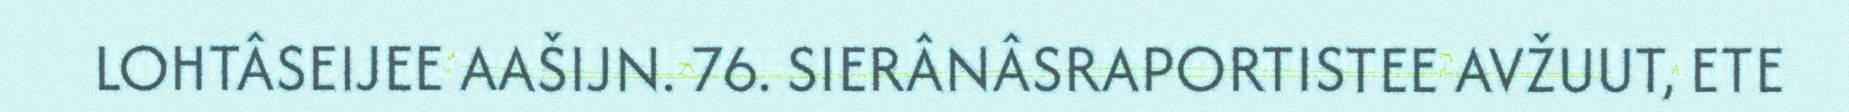
LOHTÂSEIJEE AAŠIJN. 76. SIERÂNÂSRAPORTISTEE AVŽUUT, ETE